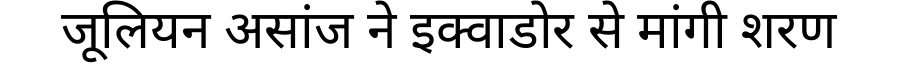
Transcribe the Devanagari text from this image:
जूलियन असांज ने इक्वाडोर से मांगी शरण